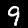
Digit: 9